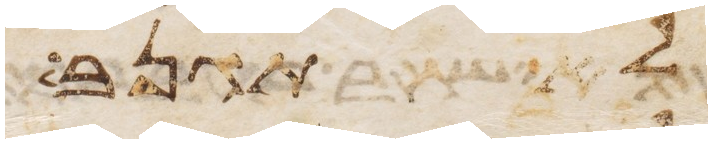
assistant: לא תגנב